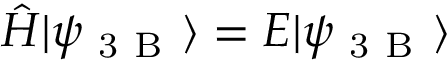
\hat { H } | \psi _ { \mathrm { ~ 3 ~ B ~ } } \rangle = E | \psi _ { \mathrm { ~ 3 ~ B ~ } } \rangle